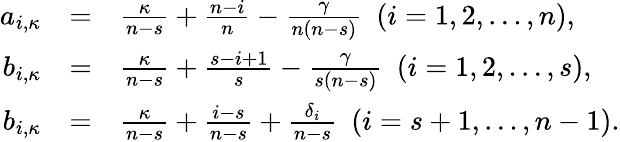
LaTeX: \begin{array}{rcl}{{a_{i,\kappa}}}&{{=}}&{{\frac{\kappa}{n-s}+\frac{n-i}{n}-\frac{\gamma}{n(n-s)}\, \, \, (i=1,2,\dots,n),}}\\ {{b_{i,\kappa}}}&{{=}}&{{\frac{\kappa}{n-s}+\frac{s-i+1}{s}-\frac{\gamma}{s(n-s)}\, \, \, (i=1,2,\dots,s),}}\\ {{b_{i,\kappa}}}&{{=}}&{{\frac{\kappa}{n-s}+\frac{i-s}{n-s}+\frac{\delta_{i}}{n-s}\, \, \, (i=s+1,\dots,n-1).}}\end{array}